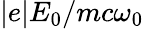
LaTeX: |e|E_{0}/mc\omega_{0}